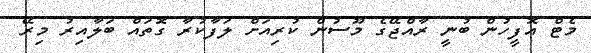
މެޓް އޮފީހުން ބުނީ ރާއްޖޭގެ މޫސުން ކުރިއަށް ލަފާކުރާ ގޮތައް ބަލާއިރު މިރޭ